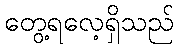
တွေ့ရလေ့ရှိသည်